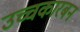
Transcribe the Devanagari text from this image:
उच्चकारबन